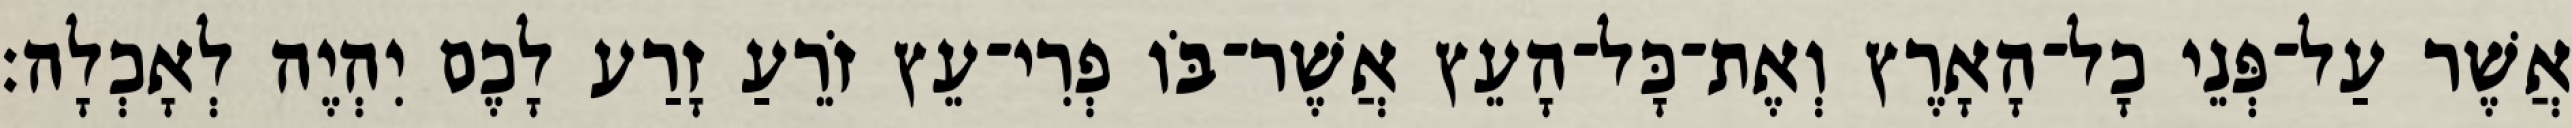
אֲשֶׁר עַל־פְּנֵי כָל־הָאָרֶץ וְאֶת־כָּל־הָעֵץ אֲשֶׁר־בֹּו פְרִי־עֵץ זֹרֵעַ זָרַע לָכֶם יִהְיֶה לְאָכְלָה׃